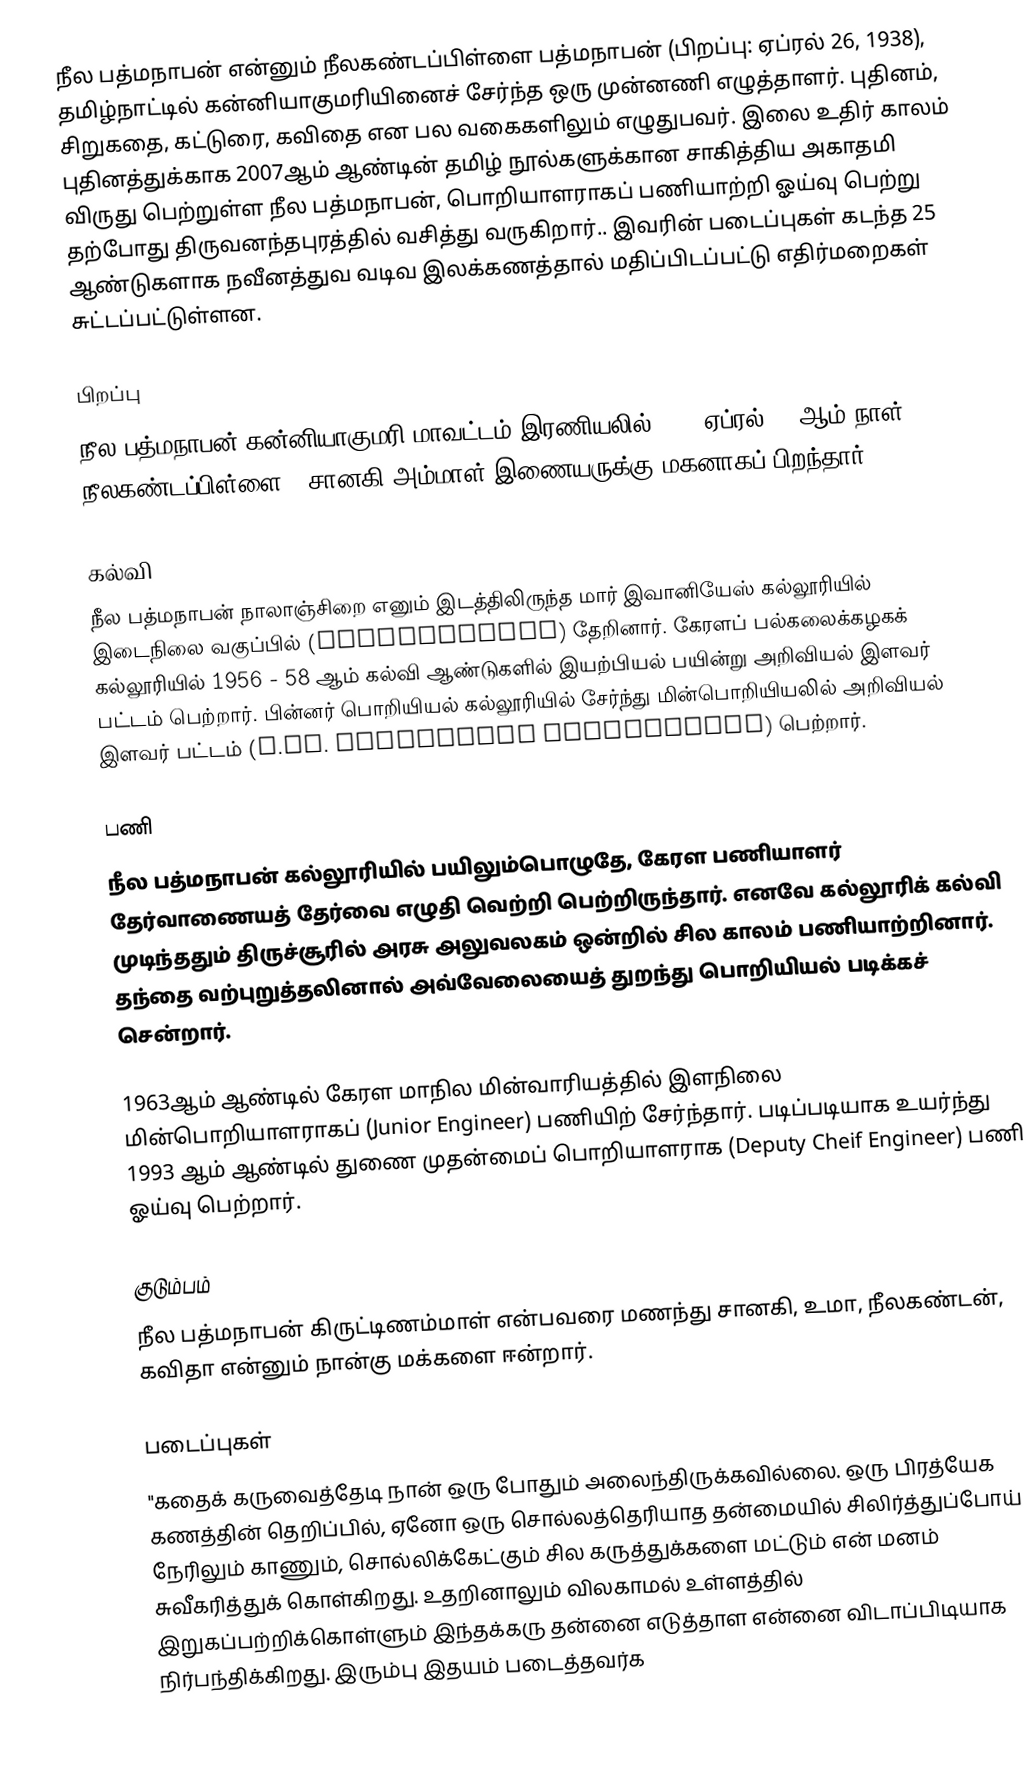
நீல பத்மநாபன் என்னும் நீலகண்டப்பிள்ளை பத்மநாபன் (பிறப்பு: ஏப்ரல் 26, 1938), தமிழ்நாட்டில் கன்னியாகுமரியினைச் சேர்ந்த ஒரு முன்னணி எழுத்தாளர். புதினம், சிறுகதை, கட்டுரை, கவிதை என பல வகைகளிலும் எழுதுபவர். இலை உதிர் காலம் புதினத்துக்காக 2007ஆம் ஆண்டின் தமிழ் நூல்களுக்கான சாகித்திய அகாதமி விருது பெற்றுள்ள நீல பத்மநாபன், பொறியாளராகப் பணியாற்றி ஓய்வு பெற்று தற்போது திருவனந்தபுரத்தில் வசித்து வருகிறார்.. இவரின் படைப்புகள் கடந்த 25 ஆண்டுகளாக நவீனத்துவ வடிவ இலக்கணத்தால் மதிப்பிடப்பட்டு எதிர்மறைகள் சுட்டப்பட்டுள்ளன.

பிறப்பு
நீல பத்மநாபன் கன்னியாகுமரி மாவட்டம் இரணியலில் 1938 ஏப்ரல் 26 ஆம் நாள் நீலகண்டப்பிள்ளை - சானகி அம்மாள் இணையருக்கு மகனாகப் பிறந்தார்.

கல்வி
நீல பத்மநாபன் நாலாஞ்சிறை எனும் இடத்திலிருந்த மார் இவானியேஸ் கல்லூரியில் இடைநிலை வகுப்பில் (Intermediate) தேறினார். கேரளப் பல்கலைக்கழகக் கல்லூரியில் 1956 - 58 ஆம் கல்வி ஆண்டுகளில் இயற்பியல் பயின்று அறிவியல் இளவர் பட்டம் பெற்றார்.  பின்னர் பொறியியல் கல்லூரியில் சேர்ந்து  மின்பொறியியலில் அறிவியல் இளவர் பட்டம் (B.Sc. Electrical Engineering) பெற்றார்.

பணி
நீல பத்மநாபன் கல்லூரியில் பயிலும்பொழுதே, கேரள பணியாளர் தேர்வாணையத் தேர்வை எழுதி வெற்றி பெற்றிருந்தார். எனவே கல்லூரிக் கல்வி முடிந்ததும் திருச்சூரில் அரசு அலுவலகம் ஒன்றில் சில காலம் பணியாற்றினார். தந்தை வற்புறுத்தலினால் அவ்வேலையைத் துறந்து பொறியியல் படிக்கச் சென்றார்.

1963ஆம் ஆண்டில் கேரள மாநில மின்வாரியத்தில் இளநிலை மின்பொறியாளராகப் (Junior Engineer) பணியிற் சேர்ந்தார். படிப்படியாக உயர்ந்து 1993 ஆம் ஆண்டில் துணை முதன்மைப் பொறியாளராக (Deputy Cheif Engineer) பணி ஓய்வு பெற்றார்.

குடும்பம்
நீல பத்மநாபன் கிருட்டிணம்மாள் என்பவரை மணந்து சானகி, உமா, நீலகண்டன், கவிதா என்னும் நான்கு மக்களை ஈன்றார்.

படைப்புகள்
"கதைக் கருவைத்தேடி நான் ஒரு போதும் அலைந்திருக்கவில்லை. ஒரு பிரத்யேக கணத்தின் தெறிப்பில், ஏனோ ஒரு சொல்லத்தெரியாத தன்மையில் சிலிர்த்துப்போய் நேரிலும் காணும், சொல்லிக்கேட்கும் சில கருத்துக்களை மட்டும் என் மனம் சுவீகரித்துக் கொள்கிறது. உதறினாலும் விலகாமல் உள்ளத்தில் இறுகப்பற்றிக்கொள்ளும் இந்தக்கரு தன்னை எடுத்தாள என்னை விடாப்பிடியாக நிர்பந்திக்கிறது. இரும்பு இதயம் படைத்தவர்க